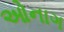
ઓનાગ